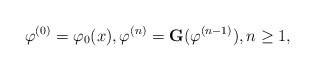
\begin{align*}\varphi^{(0)}=\varphi_0(x), \varphi^{(n)}=\mathbf{G}(\varphi^{(n-1)}), n\geq 1,\end{align*}